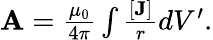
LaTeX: \begin{array}{r}{{\mathbf A}=\frac{\mu_{0}}{4\pi}\int{\frac{[{\mathbf J}]}{r}}dV^{\prime}.}\end{array}